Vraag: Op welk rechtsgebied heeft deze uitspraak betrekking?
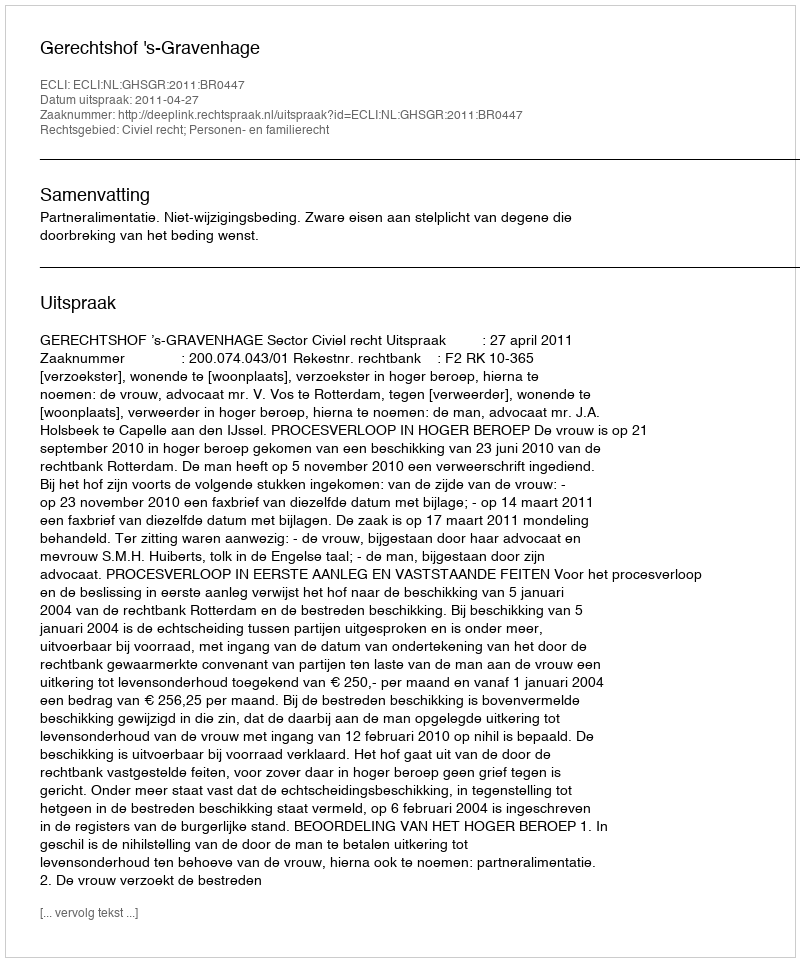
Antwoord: Civiel recht; Personen- en familierecht